Civil Veterinary Dept. North-West Frontier Province 1901-22 - 1901-1922
Year: 1901
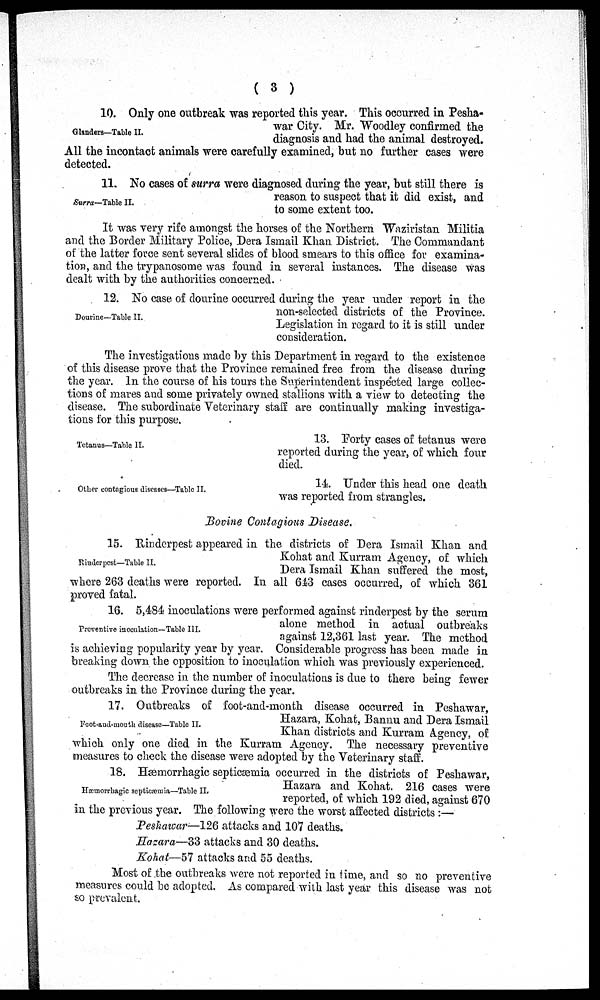
(3)
Glanders—Table II.
10. Only one outbreak was reported this year. This occurred in Pesha-
war City. Mr. Woodley confirmed the
diagnosis and had the animal destroyed.
All the incontact animals were carefully examined, but no further cases were
detected.
Surra—Table II.
11. No cases of surra were diagnosed during the year, but still there is
reason to suspect that it did exist, and
to some extent too.
It was very rife amongst the horses of the Northern Waziristan Militia
and the Border Military Police, Dera Ismail Khan District. The Commandant
of the latter force sent several slides of blood smears to this office for examina-
tion, and the trypanosome was found in several instances. The disease was
dealt with by the authorities concerned.
Dourine—Table II.
12. No case of dourine occurred during the year under report in the
non-selected districts of the Province.
Legislation in regard to it is still under
consideration.
The investigations made by this Department in regard to the existence
of this disease prove that the Province remained free from the disease during
the year. In the course of his tours the Superintendent inspected large collec-
tions of mares and some privately owned stallions with a view to detecting the
disease. The subordinate Veterinary staff are continually making investiga-
tions for this purpose.
Tetanus—Table II.
13. Forty cases of tetanus were
reported during the year, of which four
died.
Other contagious diseases—Table II.
14. Under this head one death
was reported from strangles.
Bovine Contagious Disease.
Rinderpest—Table II.
15. Rinderpest appeared in the districts of Dera Ismail Khan and
Kohat and Kurram Agency, of which
Dera Ismail Khan suffered the most,
where 263 deaths were reported. In all 643 cases occurred, of which 361
proved fatal.
Preventive inoculation—Table III.
16. 5,484 inoculations were performed against rinderpest by the serum
alone method in actual outbreaks
against 12,361 last year. The method
is achieving popularity year by year. Considerable progress has been made in
breaking down the opposition to inoculation which was previously experienced.
The decrease in the number of inoculations is due to there being fewer
outbreaks in the Province during the year.
Foot-and-mouth disease—Table II.
17, Outbreaks of foot-and-mouth disease occurred in Peshawar,
Hazara, Kohat, Bannu and Dera Ismail
Khan districts and Kurram Agency, of
which only one died in the Kurram Agency. The necessary preventive
measures to check the disease were adopted by the Veterinary staff.
Hæmorrhagic septicæmia—Table II.
18. Hæmorrhagic septicæmia occurred in the districts of Peshawar,
Hazara and Kohat. 216 cases were
reported, of which 192 died, against 670
in the previous year. The following were the worst affected districts:—
Peshawar—126 attacks and 107 deaths.
Hazara—33 attacks and 30 deaths.
Kohat—57 attacks and 55 deaths.
Most of the outbreaks were not reported in time, and so no preventive
measures could be adopted. As compared with last year this disease was not
so prevalent.